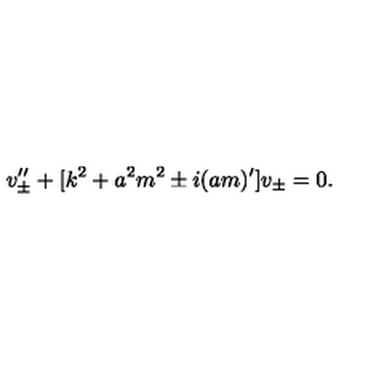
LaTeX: v _ { \pm } ^ { \prime \prime } + [ k ^ { 2 } + a ^ { 2 } m ^ { 2 } \pm i ( a m ) ^ { \prime } ] v _ { \pm } = 0 .